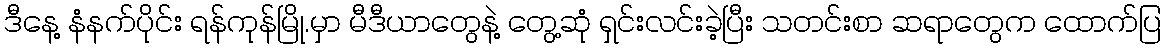
ဒီနေ့ နံနက်ပိုင်း ရန်ကုန်မြို.မှာ မီဒီယာတွေနဲ့ တွေ့ဆုံ ရှင်းလင်းခဲ့ပြီး သတင်းစာ ဆရာတွေက ထောက်ပြ